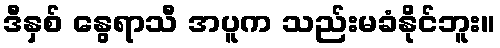
ဒီနှစ် နွေရာသီ အပူက သည်းမခံနိုင်ဘူး။